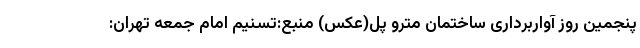
پنجمین روز آواربرداری ساختمان مترو پل(عکس) منبع:تسنیم امام جمعه تهران: